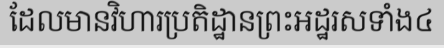
ដែលមានវិហារប្រតិដ្ឋានព្រះអដ្ឋរសទាំង៤